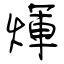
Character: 煇